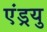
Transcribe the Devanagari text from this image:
एंड्रयु